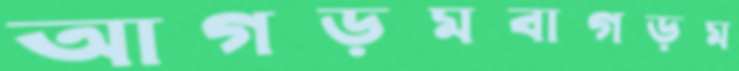
আগড়মবাগড়ম